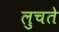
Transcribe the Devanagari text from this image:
लुचते